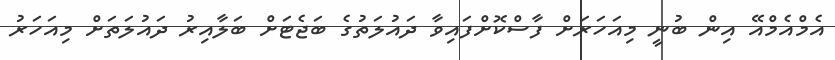
އެމްއެމްއޭ އިން ބުނީ މިއަހަރަށް ފާސްކޮށްފައިވާ ދައުލަތުގެ ބަޖެޓަށް ބަލާއިރު ދައުލަތަށް މިއަހަރު